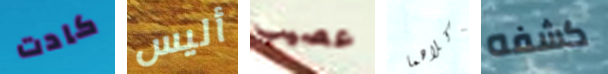
كادت أليس عصيب وكلاهما كشفه